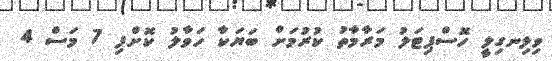
ވިލިނގިލީ ހޮސްޕިޓަލު މަރާމާތު ކުރުމަށް ބަޔަކާ ހަވާލު ކޮށްފި 7 މަސް 4